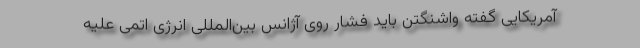
آمریکایی گفته واشنگتن باید فشار روی آژانس بین‌المللی انرژی اتمی علیه